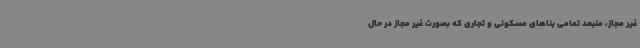
غیر مجاز، منبعد تمامی بناهای مسکونی و تجاری که بصورت غیر مجاز در حال